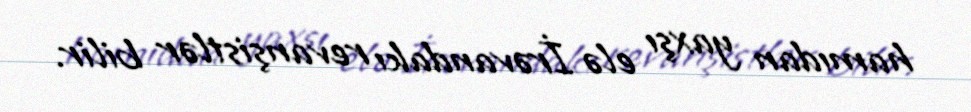
hamıdan yaxşı elə İrəvandakı revanşistlər bilir.